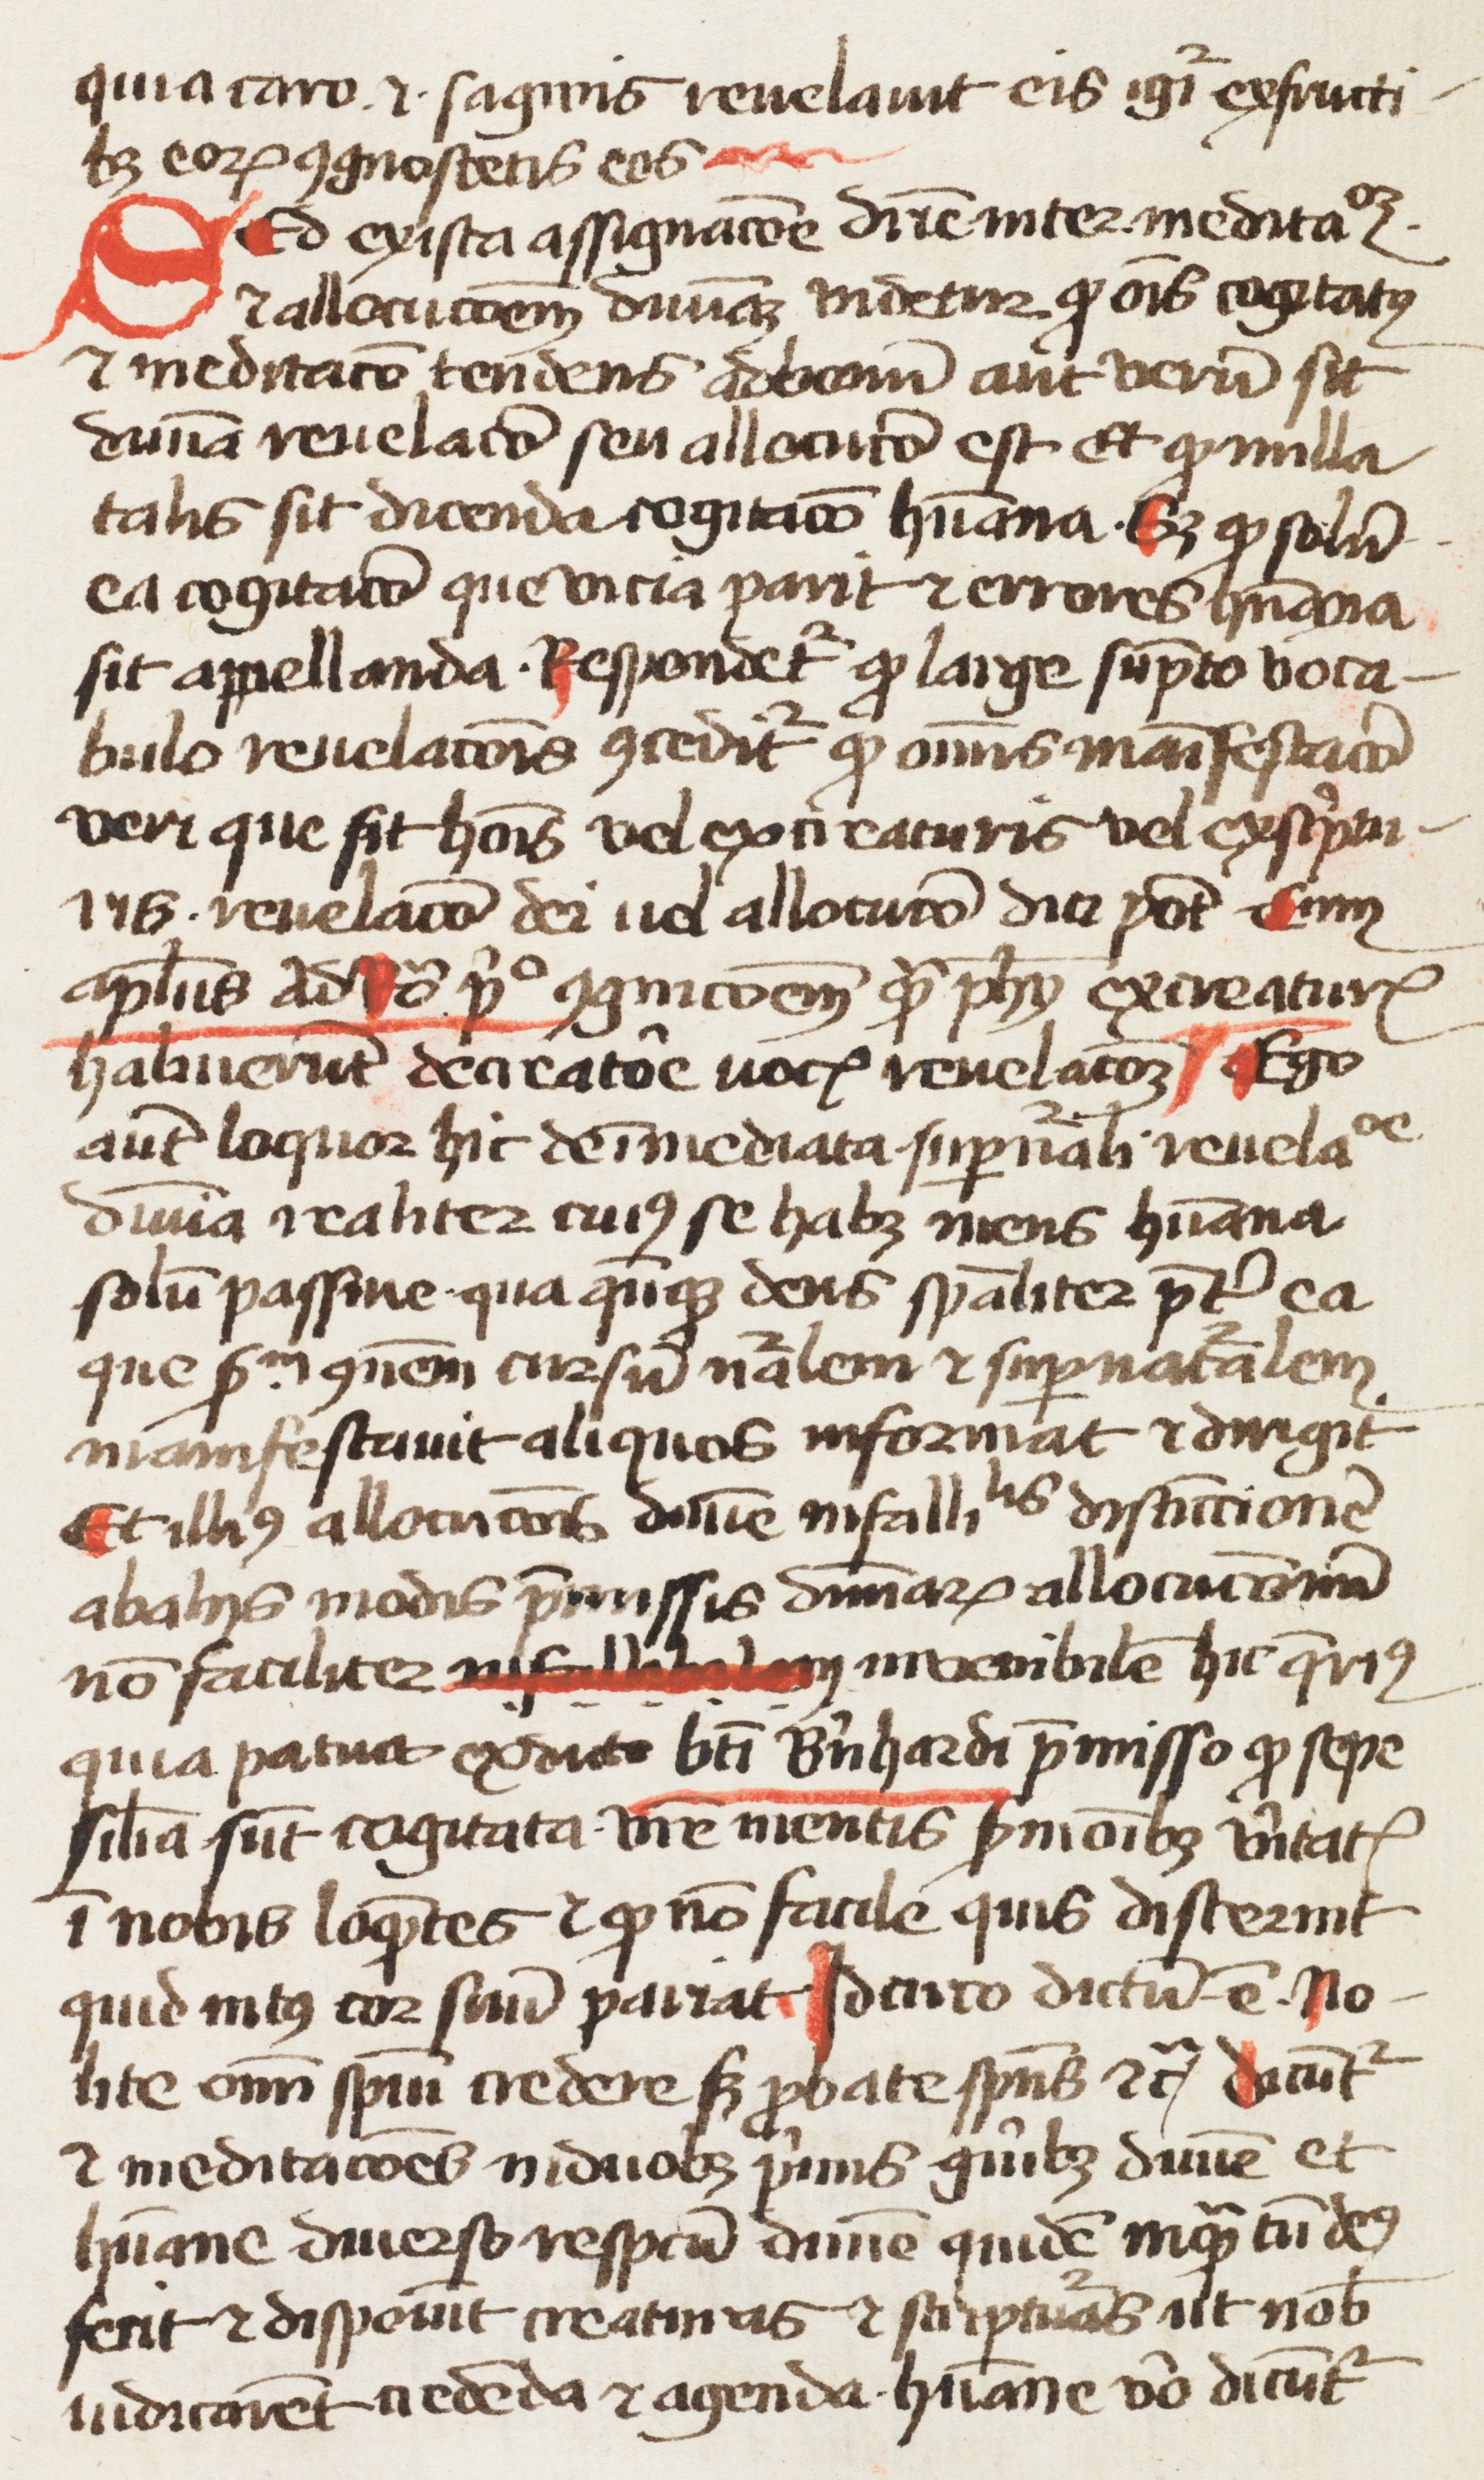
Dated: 1350–1399